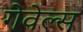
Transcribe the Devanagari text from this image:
गेवेल्स